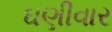
ઘણીવાર